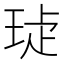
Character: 𤥩